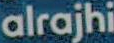
alrajhi